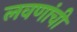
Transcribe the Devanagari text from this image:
लवणांची